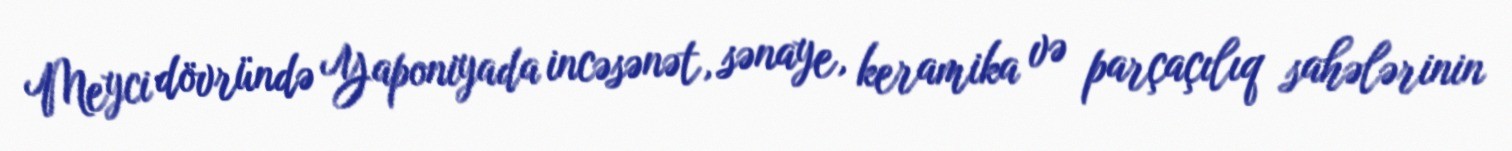
Meyci dövründə Yaponiyada incəsənət, sənaye, keramika və parçaçılıq sahələrinin